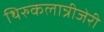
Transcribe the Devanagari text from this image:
थिरुकलान्रीजेरी